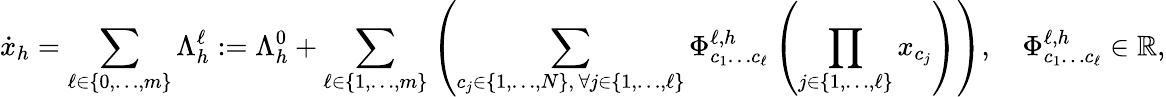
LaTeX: \dot{x}_{h}=\sum_{\ell\in\{ 0,\dots,m\} }\Lambda_{h}^{\ell}:=\Lambda_{h}^{0}+\sum_{\ell\in\{ 1,\dots,m\} }\left(\sum_{\substack{c_{j}\in\{ 1,\dots,N\} ,\, \forall j\in\{ 1,\dots,\ell\} }}\Phi_{c_{1}\dots c_{\ell}}^{\ell,h}\left(\prod_{j\in\{ 1,\dots,\ell\} }x_{c_{j}}\right)\right),\quad\Phi_{c_{1}\dots c_{\ell}}^{\ell,h}\in\mathbb{R},